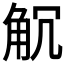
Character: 𧣍